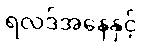
ရလဒ်အနေနှင့်